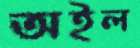
অইল